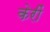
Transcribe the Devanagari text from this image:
केरीं